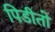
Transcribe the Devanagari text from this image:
पिडीतो